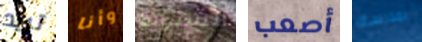
تريد وأنا الشتوية أصعب بمدرسة